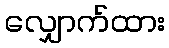
လျှောက်ထား